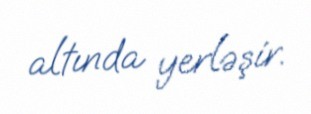
altında yerləşir.